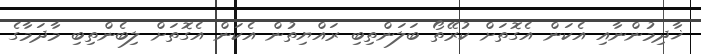
ޚާދިމުންނާއި އެކަން އެގޮތަށް ކުރޭތޯ ބަލަންތިބި ރައްޔިތުން އެކަން އެގޮތަށް ލިބެންތިބި މާދަމާގެ